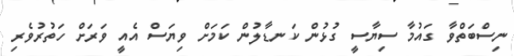
ނިސްބަތްވާ ގައުމާ ސިޔާސީ ގުޅުން ކަނޑާލުން ކަމަށް ވިޔަސް އެއީ ވަރަށް ހަތުރުވެރި